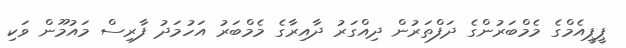
ޕީޕީއެމްގެ މެމްބަރުންގެ ދަފްތަރުން ދިއްގަރު ދާއިރާގެ މެމްބަރު އަހުމަދު ފާރިސް މައުމޫން ވަކި